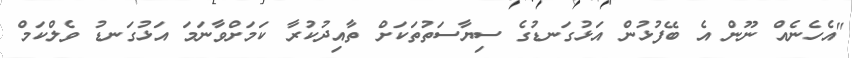
"އެހެނެއް ނޫން އެ ބޭފުޅުން އަޅުގަނޑުގެ ސިޔާސަތުތަކަށް ތާއިދުކުރާ ކަމަށްވާނަމަ އަޅުގަނޑު ވެލްކަމް